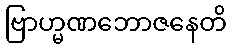
ဗြာဟ္မဏဘောဇနေတိ